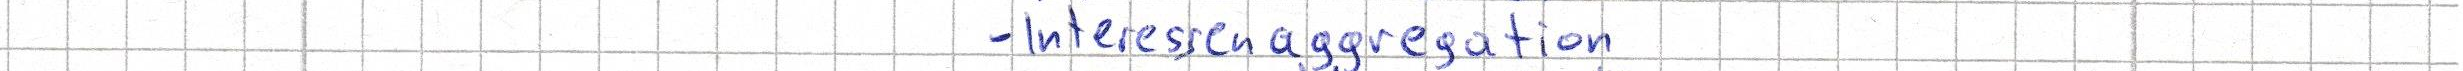
- Interessenaggregation